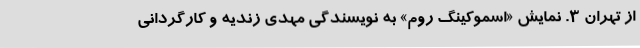
از تهران 3. نمایش «اسموکینگ روم» به نویسندگی مهدی زندیه و کارگردانی